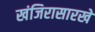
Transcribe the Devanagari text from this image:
खंजिरासारखे